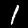
Digit: 1